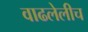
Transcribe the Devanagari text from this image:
वाढलेलीच